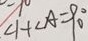
\angle 1 + \angle A = 9 0 ^ { \circ }